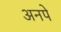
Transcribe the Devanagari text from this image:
अनपे